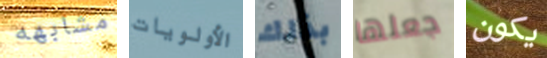
مشابهه الأولويات بذلك جعلها يكون